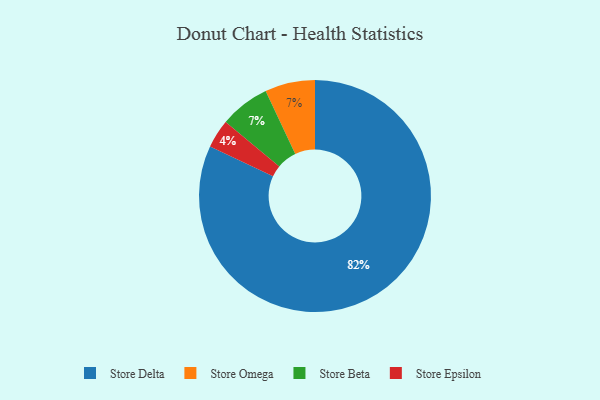
{"axis": {"x": "Category", "y": "Percentage"}, "legend": ["Store Beta", "Store Delta", "Store Epsilon", "Store Omega"], "data": [{"x": "Store Omega", "y": 7, "type": "Store Omega"}, {"x": "Store Epsilon", "y": 4, "type": "Store Epsilon"}, {"x": "Store Beta", "y": 7, "type": "Store Beta"}, {"x": "Store Delta", "y": 82, "type": "Store Delta"}]}